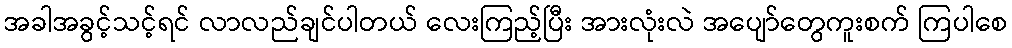
အခါအခွင့်သင့်ရင် လာလည်ချင်ပါတယ် လေးကြည့်ပြီး အားလုံးလဲ အပျော်တွေကူးစက် ကြပါစေ